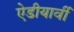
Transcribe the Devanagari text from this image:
ऐडीयार्वी